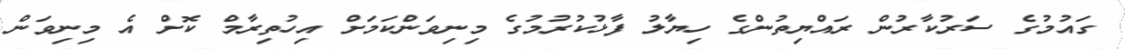
ގައުމުގެ ސަރުކާރުން ރައްޔިތުންގެ ހިޔާލު ފާޅުކުރުމުގެ މިނިވަންކަމަށް އިހުތިރާމް ކޮށް އެ މިނިވަން